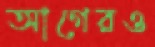
আগেরও